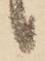
候